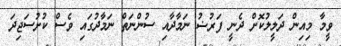
ވީމާ މިއިން ދަލީލުކޮށް ދެނީ ފަރުޟު ނަމާދާއި ސުންނަތް ނަމާދުގައި ވެސް ކުށުސަޖިދަ